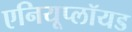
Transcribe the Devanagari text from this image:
एनियूप्लॉयड